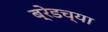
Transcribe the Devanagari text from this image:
ब्रेडच्या